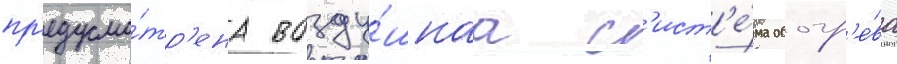
пр'едусмо́тр'ена возду́шнаа с'ист'е́ма обогр'е́ва